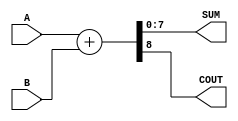
module ParameterizedAdder #(parameter WIDTH = 8) (
    input  [WIDTH-1:0] A,    // First operand
    input  [WIDTH-1:0] B,    // Second operand
    output [WIDTH-1:0] SUM,   // Sum output
    output COUT               // Carry-out output
);

    // Internal signal declaration
    wire [WIDTH:0] full_sum;  // One extra bit for carry-out

    // Behavioral description: Calculate the sum and carry-out
    assign full_sum = A + B;   // Perform addition
    assign SUM = full_sum[WIDTH-1:0]; // Assign lower WIDTH bits to SUM
    assign COUT = full_sum[WIDTH]; // Assign the carry-out

endmodule